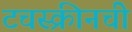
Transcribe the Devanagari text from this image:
टचस्क्रीनची